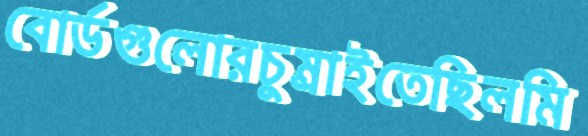
বোর্ডগুলোরচুম্‌রাইতেছিলমি